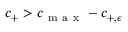
c _ { + } > c _ { \mathrm { ~ m ~ a ~ x ~ } } - c _ { + , \epsilon }